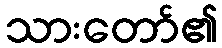
သားတော်၏